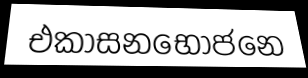
එකාසනභොජනෙ